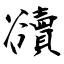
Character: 豄